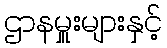
ဌာနမှူးများနှင့်